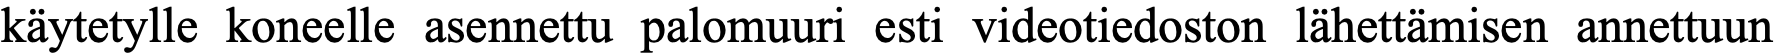
käytetylle koneelle asennettu palomuuri esti videotiedoston lähettämisen annettuun